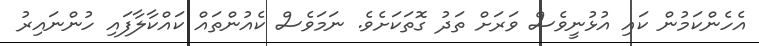
އެހެންކަމުން ކައި އުޅުނީވެސް ވަރަށް ތަދު ގޮތަކަށެވެ. ނަމަވެސް ކެއުންތައް ކައްކާލާފައި ހުންނައިރު